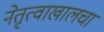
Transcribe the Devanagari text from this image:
नेतृत्वाखालचा